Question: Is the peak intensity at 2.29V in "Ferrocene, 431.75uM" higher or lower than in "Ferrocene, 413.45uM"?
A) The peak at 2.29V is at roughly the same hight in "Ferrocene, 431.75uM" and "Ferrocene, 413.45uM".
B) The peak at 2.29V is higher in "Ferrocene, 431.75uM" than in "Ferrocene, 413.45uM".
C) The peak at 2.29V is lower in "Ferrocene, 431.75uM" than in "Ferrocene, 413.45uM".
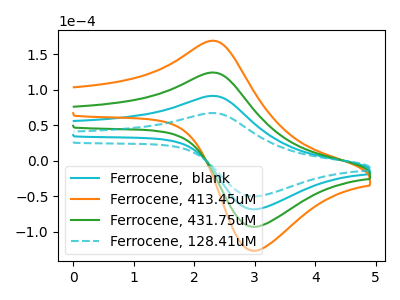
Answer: <think>The cyan curve "Ferrocene,  blank" has an anodic peak at (2.30V, 91.25uA) and a cathodic peak at (3.00V, -68.65uA). The orange curve "Ferrocene, 413.45uM" has an anodic peak at (2.30V, 273.70uA) and a cathodic peak at (3.00V, -205.90uA). The green curve "Ferrocene, 431.75uM" has an anodic peak at (2.30V, 182.45uA) and a cathodic peak at (3.00V, -137.25uA). The cyan dashed curve "Ferrocene, 128.41uM" has an anodic peak at (2.30V, 67.05uA) and a cathodic peak at (3.00V, -50.45uA).</think>
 <answer>C) The peak at 2.29V is lower in "Ferrocene, 431.75uM" than in "Ferrocene, 413.45uM".</answer>
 <eval>C</eval>